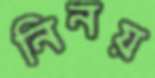
নিনয়